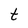
Character: t